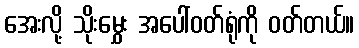
အေးလို့ သိုးမွှေး အပေါ်ဝတ်ရုံကို ဝတ်တယ်။